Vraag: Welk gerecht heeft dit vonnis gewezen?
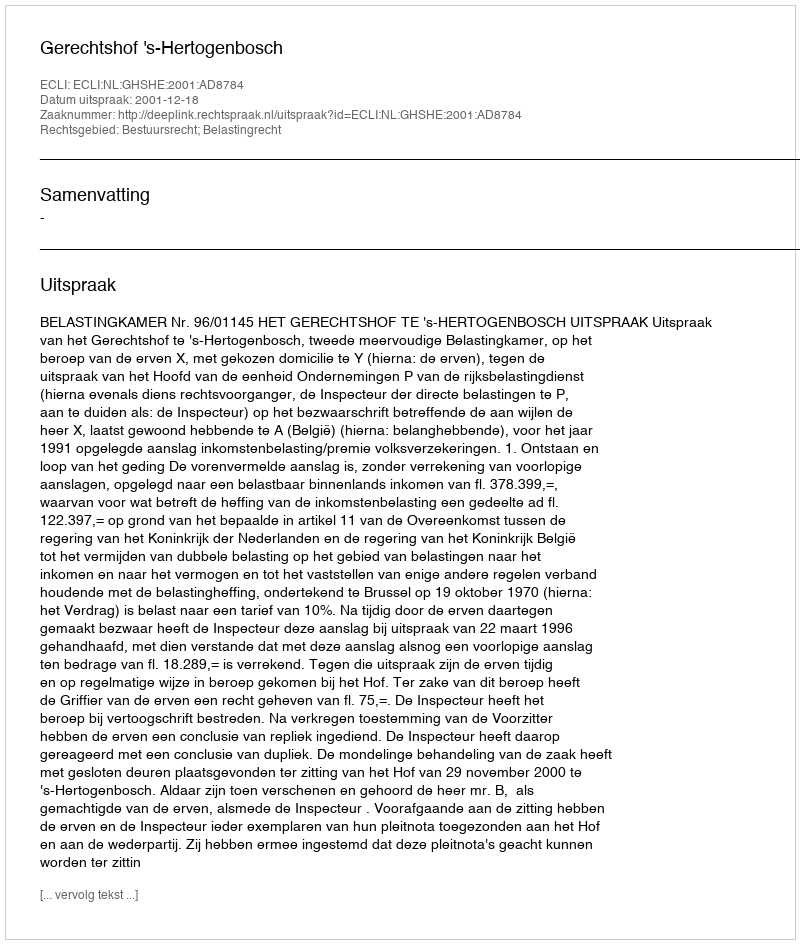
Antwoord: Gerechtshof 's-Hertogenbosch